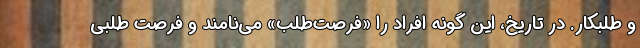
و طلبکار. در تاریخ، این گونه افراد را «فرصت‌طلب» می‌نامند و فرصت طلبی